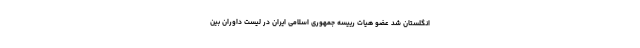
انگلستان شد عضو هیات رییسه جمهوری اسلامی ایران در لیست داوران بین